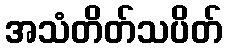
အသံတိတ်သပိတ်